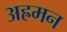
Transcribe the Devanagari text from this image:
अह्रमन